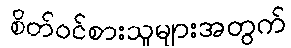
စိတ်ဝင်စားသူများအတွက်